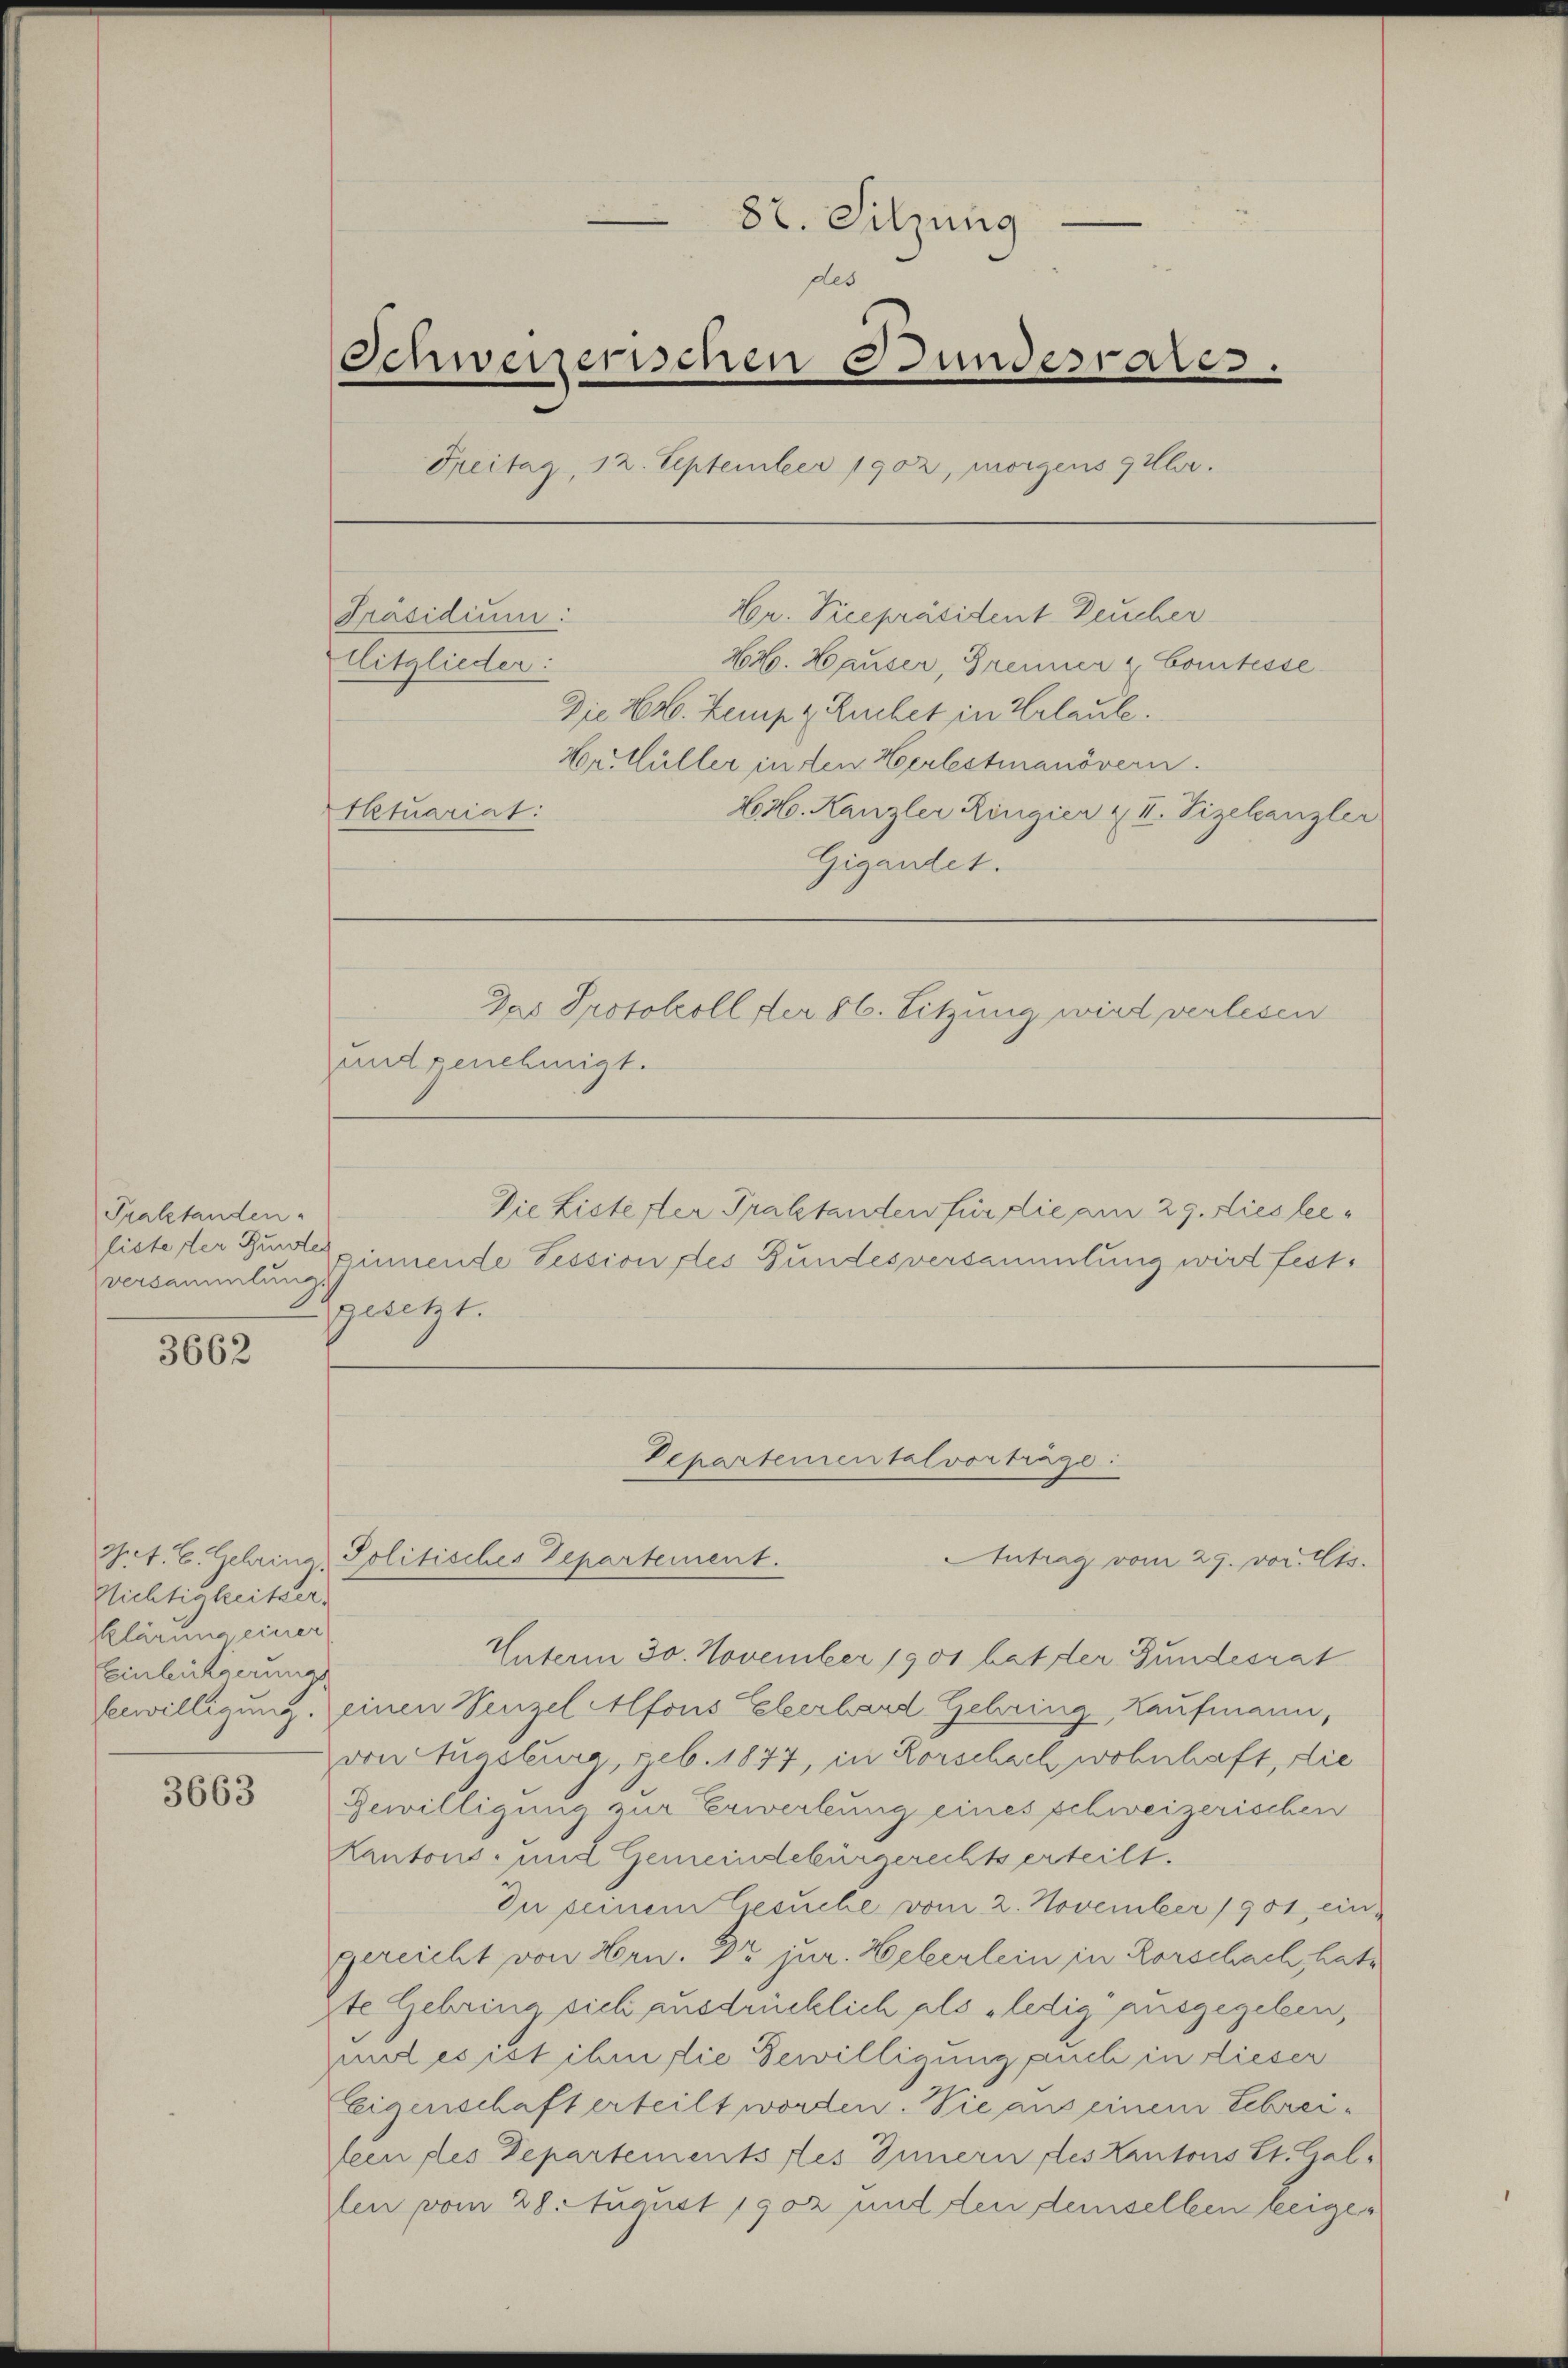
3662

3663

87. Sitzung
des
Schweizerischen Bundesrates.
Freitag, 12. September 1902, morgens geler.
Gr. Vicepräsident Deucher
Präsidium:
Mitglieder:
44. Hauser, Brenner & Comtesse
Die Er. Zemp & Ruchet in Urlaube.
Hr. Hüller in den Herlestianövern.
Aktuariat
N. N. Kanzler Ringier & II. Vizelcanzler
Gigandet.
Das Protokoll der 86. Sitzung wird verlesen
und genehmigt.

Praktanden.
liste der Gunste
versammlung.

Nichtigkeitzer
klärung einer
Einlicherungs

Die Listester Praktanden für die am 29. Dies lee
ginnende Tession des Bundesversammlung wird festsiegt.

Pct. C. Gehring, Politisches Departement.
Unterm 30. November 1901 hat der Bundesrat
bewilligung, einen Venzel Alfons Eberhard Gehring, Kaufmann,
von Augsburg ceb. 1877, in Korschach wohnhaft, die
Gewilligung zur Erwerbung eines schweizerischen
Kantons- und Gemeindebürgerechts erteilt.
In seinem Gesuche vom 2. November 1901 eingereicht von Hrn. Dr jur. Weberlein in Rorschach, hat
ste Gebring sich ausdrücklich als „ledig ausgegeben,
unt es ist ihm die Bewilligung auch in dieser
Eeigenschaft erteilt worden. Wie aus einem Erbreifeen des Departements des Innern des Kantons St. Gal-
fen vom 28. August 1902 und den demselben beige

Departemental vortrage:
Antrag vom 29. vor. Cts.